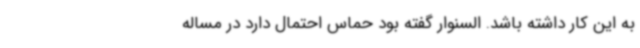
به این کار داشته باشد. السنوار گفته بود حماس احتمال دارد در مساله